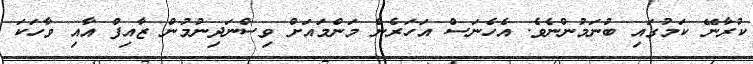
ކުރާނޭ ކަމުގައި ބުނަމުންނެވެ. އެހެނަސް އަހަރެން މަންމައަށް ވިސްނަދިނުމުން ޒާއިފް އާއި ވާހަކަ